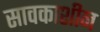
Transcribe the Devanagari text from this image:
सावकाशीन